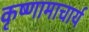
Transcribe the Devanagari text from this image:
कृष्णामाचार्य